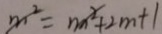
m ^ { 2 } = m ^ { 2 } + 2 m + 1